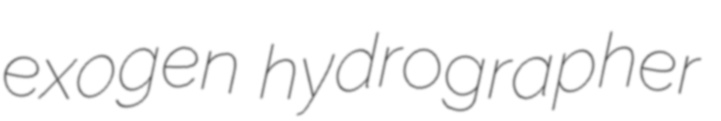
exogen hydrographer